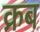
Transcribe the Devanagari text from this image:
क्रब